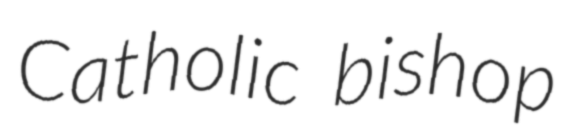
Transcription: Catholic bishop